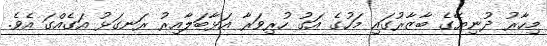
މިހާރު ދުނިޔޭގެ ބާޒާރުގައި މަހުގެ އަގު ހުރިވަރާ އަޅާބަލާއިރު ރަނގަޅު އަގެއްގަ އެވެ.